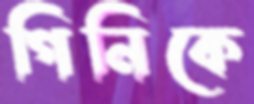
গিনিকে